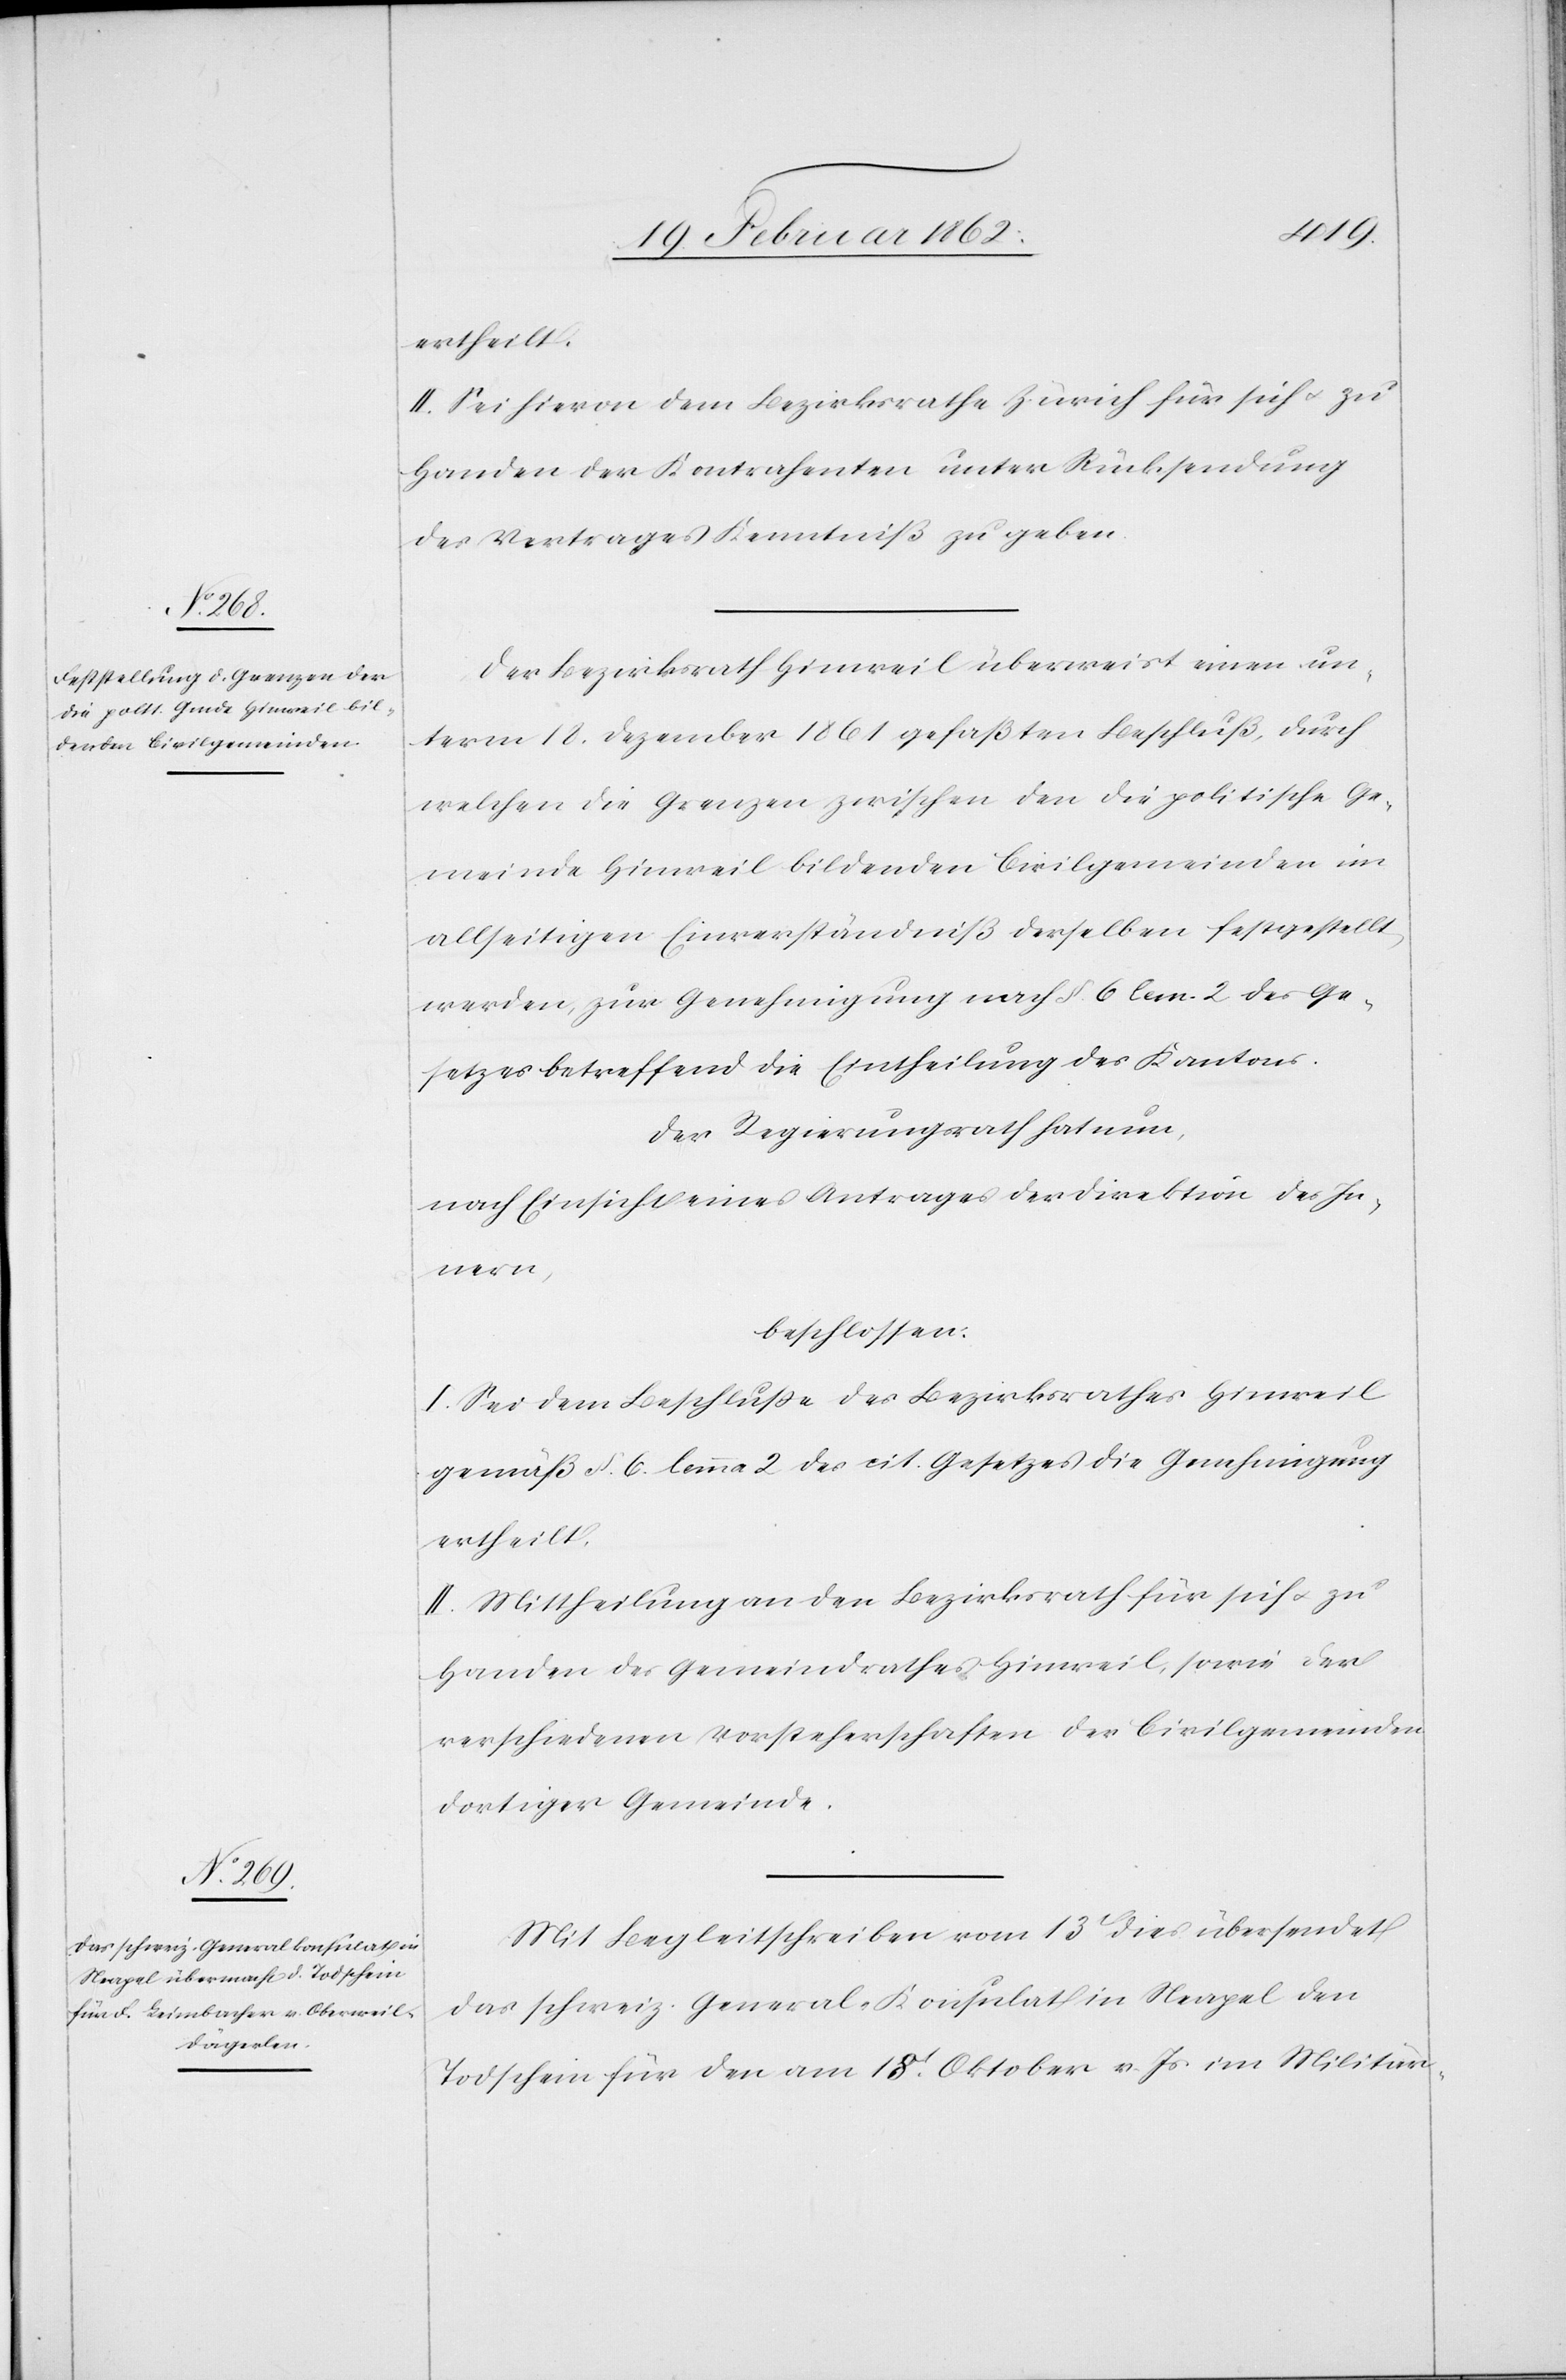
ertheilt.
II. Sei hievon dem Bezirksrathe Zürich für sich u. zu
Handen der Kontrahenten unter Rücksendung
des Vertrages Kenntniß zu geben.
Der Bezirksrath Hinweil überweist einen un¬
term 18. Dezember 1861 gefaßten Beschluß, durch
welchen die Grenzen zwischen den die politische Ge¬
meinde Hinweil bildenden Civilgemeinden im
allseitigen Einverständniß derselben festgestellt
werden, zur Genehmigung nach §. 6 lem. 2 des Ge¬
setzes betreffend die Eintheilung des Kantons.
Der Regierungsrath hat nun,
nach Einsicht eines Antrages der Direktion des In¬
nern,
beschlossen:
I. Sei dem Beschluße des Bezirksrathes Hinweil
gemäß §. 6. lemma 2 des cit. Gesetzes die Genehmigung
ertheilt.
II. Mittheilung an den Bezirksrath für sich u. zu
Handen des Gemeindrathes Hinweil, sowie der
verschiedenen Vorsteherschaften der Civilgemeinden
dortiger Gemeinde.
Mit Begleitschreiben vom 13t dies übersendet
das schweiz. General-Konsulat in Neapel den
Todschein für den am 18t. Oktober v. Js im Militär-